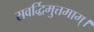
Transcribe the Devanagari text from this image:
सवर्द्धिमुत्तमाम्‌।